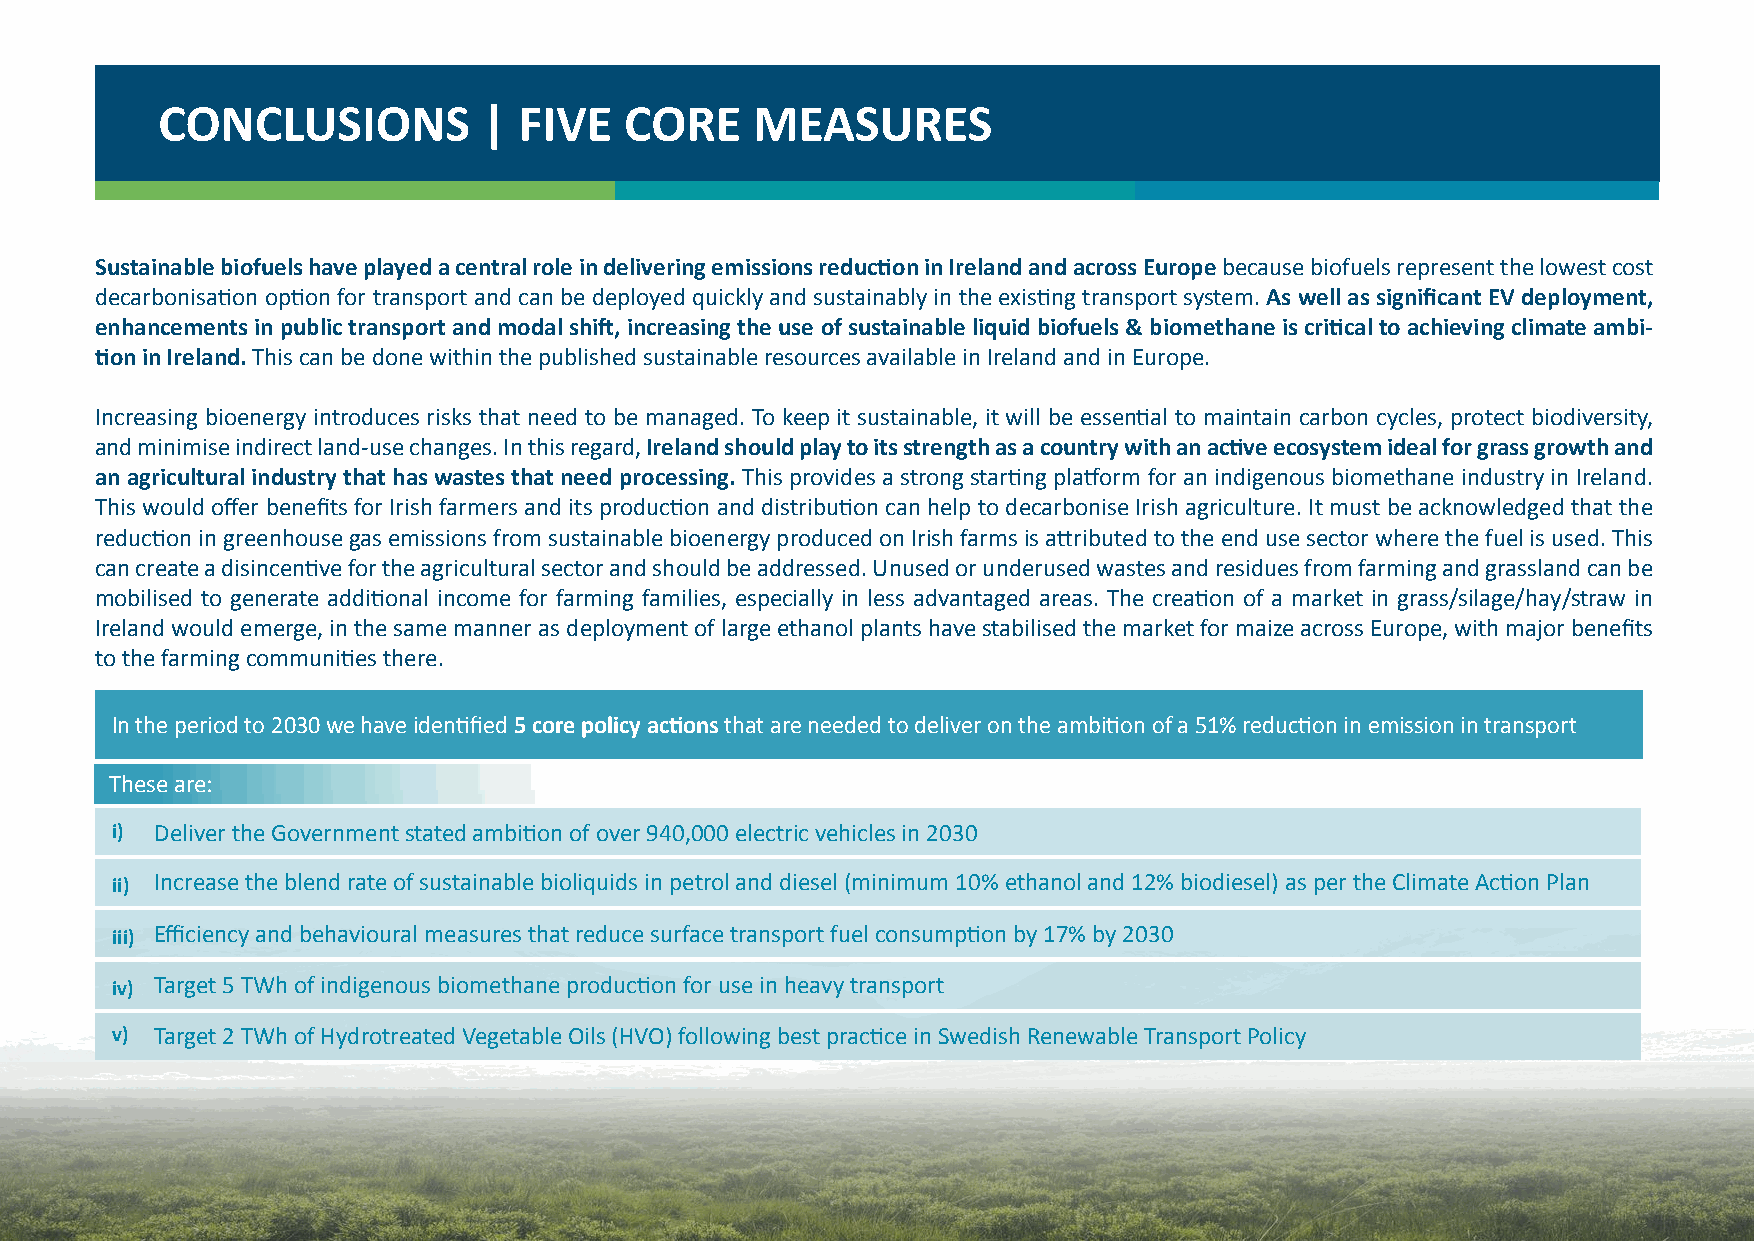
CONCLUSIONS           | FIVE   CORE     MEASURES
 Sustainable biofuels have played a central role in delivering emissions reduction in Ireland and across Europe because biofuels represent the lowest cost
 decarbonisation option for transport and can be deployed quickly and sustainably in the existing transport system. As well as significant EV deployment,
 enhancements in public transport and modal shift, increasing the use of sustainable liquid biofuels & biomethane is critical to achieving climate ambi-
 tion in Ireland. This can be done within the published sustainable resources available in Ireland and in Europe.
 Increasing bioenergy introduces risks that need to be managed. To keep it sustainable, it will be essential to maintain carbon cycles, protect biodiversity,
 and minimise indirect land-use changes. In this regard, Ireland should play to its strength as a country with an active ecosystem ideal for grass growth and
 an agricultural industry that has wastes that need processing. This provides a strong starting platform for an indigenous biomethane industry in Ireland.
 This would offer benefits for Irish farmers and its production and distribution can help to decarbonise Irish agriculture. It must be acknowledged that the
 reduction in greenhouse gas emissions from sustainable bioenergy produced on Irish farms is attributed to the end use sector where the fuel is used. This
 can create a disincentive for the agricultural sector and should be addressed. Unused or underused wastes and residues from farming and grassland can be
 mobilised to generate additional income for farming families, especially in less advantaged areas. The creation of a market in grass/silage/hay/straw in
 Ireland would emerge, in the same manner as deployment of large ethanol plants have stabilised the market for maize across Europe, with major benefits
 to the farming communities there.
 In the period to 2030 we have identified 5 core policy actions that are needed to deliver on the ambition of a 51% reduction in emission in transport
 These are:
 i) Deliver the Government stated ambition of over 940,000 electric vehicles in 2030
 Increase the blend rate of sustainable bioliquids in petrol and diesel (minimum 10% ethanol and 12% biodiesel) as per the Climate Action Plan
 ii)
 Efficiency and behavioural measures that reduce surface transport fuel consumption by 17% by 2030
 iii)
 Target 5 TWh of indigenous biomethane production for use in heavy transport
 iv)
 v) Target 2 TWh of Hydrotreated Vegetable Oils (HVO) following best practice in Swedish Renewable Transport Policy
 21